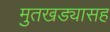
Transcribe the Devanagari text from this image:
मुतखड्यासह